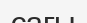
сағы